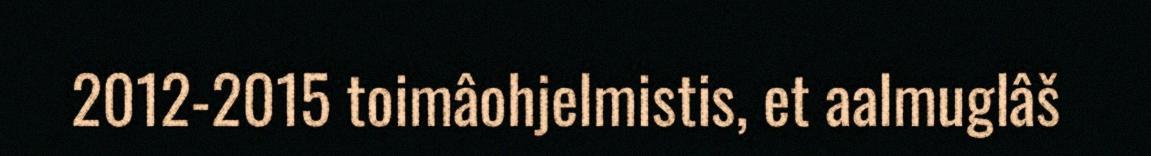
2012-2015 toimâohjelmistis, et aalmuglâš